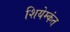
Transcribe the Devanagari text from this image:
शियेम्कंत